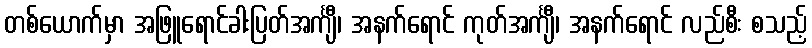
တစ်ယောက်မှာ အဖြူရောင်ခါးပြတ်အင်္ကျီ၊ အနက်ရောင် ကုတ်အင်္ကျီ၊ အနက်ရောင် လည်စီး စသည့်